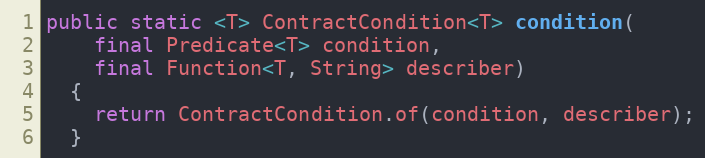
Language: Java
public static <T> ContractCondition<T> condition(
    final Predicate<T> condition,
    final Function<T, String> describer)
  {
    return ContractCondition.of(condition, describer);
  }